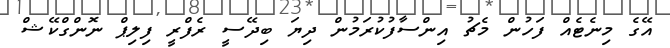
އޭގެ މިނެޓެއް ފަހުން މެޗު އިންސާފުކުރަމުން ދިޔަ ބިދޭސީ ރެފްރީ ފިލިޕް ނޮންގްކޭޝް